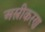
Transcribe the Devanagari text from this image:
अस्त्रीकरण